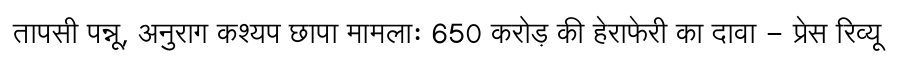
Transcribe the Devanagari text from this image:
तापसी पन्नू, अनुराग कश्यप छापा मामलाः 650 करोड़ की हेराफेरी का दावा - प्रेस रिव्यू